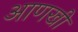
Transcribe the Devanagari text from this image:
अाणखी